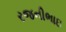
રજનીભાઇ